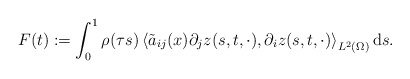
\begin{align*} F(t) := \int_{0}^{1} \rho(\tau s) \left\langle \tilde{a}_{ij}(x) \partial_{j} z(s,t,\cdot), \partial_{i} z(s,t,\cdot) \right\rangle_{L^{2}(\Omega)} \mathrm{d}s. \end{align*}